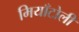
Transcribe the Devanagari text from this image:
मियाँटोली